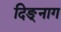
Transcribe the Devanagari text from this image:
दिङ्‌नाग